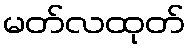
မတ်လထုတ်